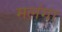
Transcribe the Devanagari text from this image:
मलंगा